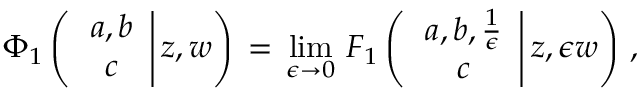
\begin{array} { l } { \displaystyle \Phi _ { 1 } \left( \left. \begin{array} { c } { a , b } \\ { c } \end{array} \right| z , w \right) \, = \, \operatorname* { l i m } _ { \epsilon \to 0 } \, F _ { 1 } \left( \left. \begin{array} { c } { a , b , \frac 1 \epsilon } \\ { c } \end{array} \right| z , \epsilon w \right) \, , } \end{array}